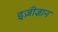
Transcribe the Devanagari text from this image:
इज़ीज्ञान